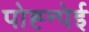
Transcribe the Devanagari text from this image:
पोह्न्पेई